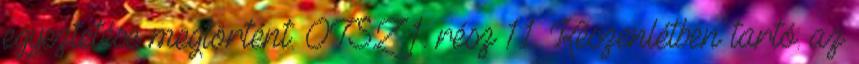
egyeztetése megtörtént. OTSZ 1. rész 1.1. Készenlétben tartó: az